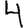
Digit: 4